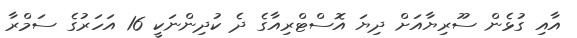
އާއި ގުޅެން ސޫރިޔާއަށް ދިޔަ އޮސްޓްރިއާގެ ދެ ކުދިންނަކީ 16 އަހަރުގެ ސަމްރާ